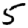
Digit: 5